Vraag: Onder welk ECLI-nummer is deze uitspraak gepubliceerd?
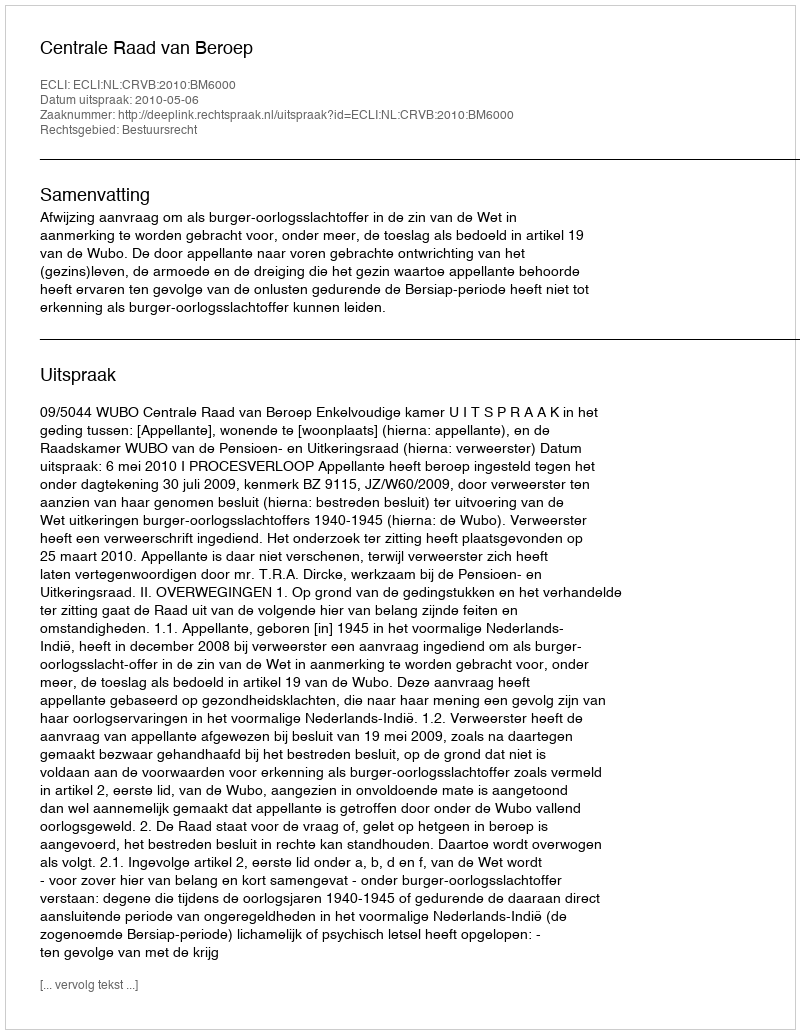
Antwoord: ECLI:NL:CRVB:2010:BM6000